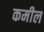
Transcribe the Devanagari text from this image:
कमील